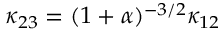
\kappa _ { 2 3 } = ( 1 + \alpha ) ^ { - 3 / 2 } \kappa _ { 1 2 }